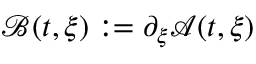
\mathcal { B } ( t , \xi ) : = \partial _ { \xi } \mathcal { A } ( t , \xi )